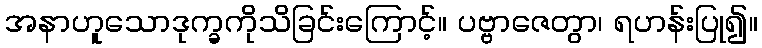
အနာဟူသောဒုက္ခကိုသိခြင်းကြောင့်။ ပဗ္ဗာဇေတွာ၊ ရဟန်းပြု၍။